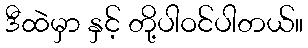
ဒီထဲမှာ နှင့် တို့ပါဝင်ပါတယ်။